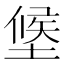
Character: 𭏑